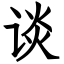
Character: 谈